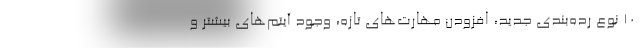
10 نوع رده‌بندی جدید، افزودن مهارت‌های تازه، وجود آیتم‌های بیشتر و